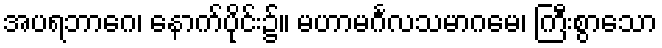
အပရဘာဂေ၊ နောက်ပိုင်း၌။ မဟာမင်္ဂလသမာဂမေ၊ ကြီးစွာသော